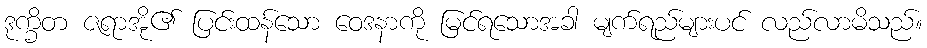
ဒုက္ခိတ ဇရာအို၏ ပြင်းထန်သော ဝေဒနာကို မြင်ရသောအခါ မျက်ရည်များပင် လည်လာမိသည်။